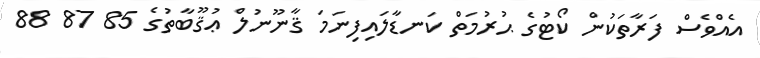
އެއްވެސް ފަރާތަކުން ކޯޓުގެ ޙުރުމަތް ކަނޑާލައިފިނަމަ ޤާނޫނުލް ޢުޤޫބާތުގެ 85 87 88